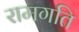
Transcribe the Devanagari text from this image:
रामगति